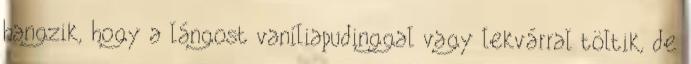
hangzik, hogy a lángost vaníliapudinggal vagy lekvárral töltik, de